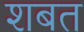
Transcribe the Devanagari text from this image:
शबत